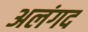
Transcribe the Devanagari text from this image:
अलंगद